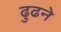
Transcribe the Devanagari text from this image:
ढुढने